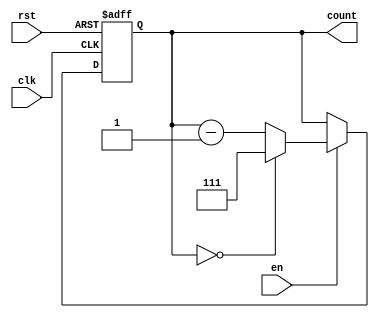
module down_counter_moore #(
    parameter N = 3 // Parameter defining the bit width of the counter
) (
    input wire clk,          // Clock input
    input wire rst,          // Asynchronous reset
    input wire en,           // Enable input
    output reg [N-1:0] count // Count output
);

// State encoding: maximum state is (2^N - 1)
localparam MAX_COUNT = (1 << N) - 1; // N-bit maximum value

// Sequential logic for state transitions
always @(posedge clk or posedge rst) begin
    if (rst) begin
        count <= MAX_COUNT; // Reset to maximum state
    end else if (en) begin
        if (count == 0) begin
            count <= MAX_COUNT; // Wrap around to maximum state
        end else begin
            count <= count - 1; // Decrement the count
        end
    end
    // If en is low, count retains its current state
end

endmodule